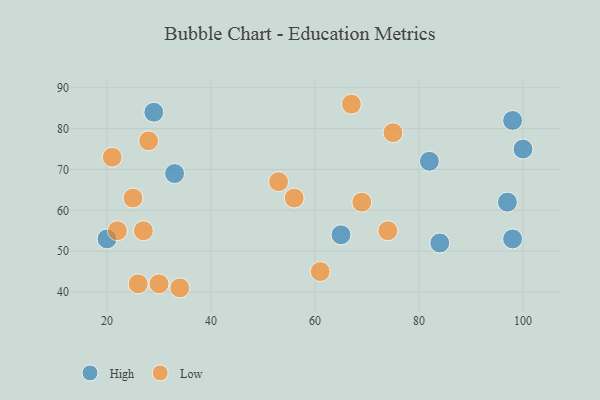
{"axis": {"x": "GDP", "y": "Life Expectancy"}, "legend": ["High", "Low"], "data": [{"x": "82", "y": 72, "type": "High"}, {"x": "33", "y": 69, "type": "High"}, {"x": "98", "y": 82, "type": "High"}, {"x": "98", "y": 53, "type": "High"}, {"x": "65", "y": 54, "type": "High"}, {"x": "97", "y": 62, "type": "High"}, {"x": "20", "y": 53, "type": "High"}, {"x": "100", "y": 75, "type": "High"}, {"x": "84", "y": 52, "type": "High"}, {"x": "29", "y": 84, "type": "High"}, {"x": "61", "y": 45, "type": "Low"}, {"x": "67", "y": 86, "type": "Low"}, {"x": "30", "y": 42, "type": "Low"}, {"x": "22", "y": 55, "type": "Low"}, {"x": "75", "y": 79, "type": "Low"}, {"x": "34", "y": 41, "type": "Low"}, {"x": "21", "y": 73, "type": "Low"}, {"x": "26", "y": 42, "type": "Low"}, {"x": "28", "y": 77, "type": "Low"}, {"x": "27", "y": 55, "type": "Low"}, {"x": "74", "y": 55, "type": "Low"}, {"x": "25", "y": 63, "type": "Low"}, {"x": "56", "y": 63, "type": "Low"}, {"x": "69", "y": 62, "type": "Low"}, {"x": "53", "y": 67, "type": "Low"}]}